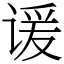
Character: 谖